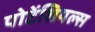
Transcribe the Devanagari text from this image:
पोटेंशियल्स